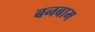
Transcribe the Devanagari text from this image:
बनबाम